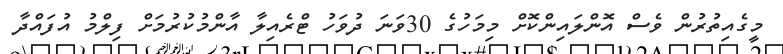
މީގެއިތުރުން ވެސް އޮންލައިންކޮށް މިމަހުގެ 30ވަނަ ދުވަހު ޓްރެއިލާ އާންމުކުރުމަށް ފިލްމު އުފައްދާ